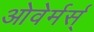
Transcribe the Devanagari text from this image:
ओवेर्मर्स्